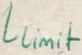
Text: Llimit